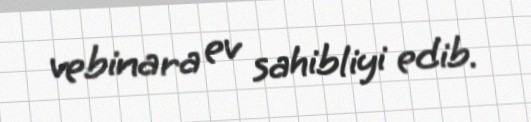
vebinara ev sahibliyi edib.